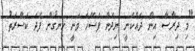
"މި ދިރާސާ އިން ދައްކަނީ ނިދަން ފަސޭހަ ވަނީ ހިނގުން ފަދަ ކަސްރަތު